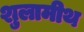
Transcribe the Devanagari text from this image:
शुलामीथ